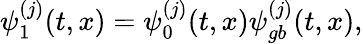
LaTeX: \psi_{1}^{(j)}(t,x)=\psi_{0}^{(j)}(t,x)\psi_{gb}^{(j)}(t,x),